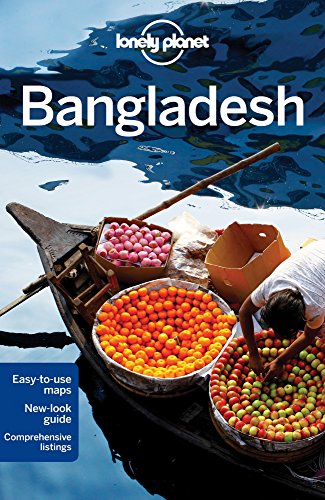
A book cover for Lonely Planet Bangladesh (Travel Guide); Lonely Planet; Travel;